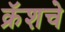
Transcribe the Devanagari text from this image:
क्रॅशचे